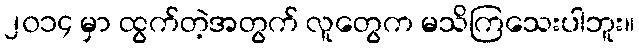
၂၀၁၄ မှာ ထွက်တဲ့အတွက် လူတွေက မသိကြသေးပါဘူး။